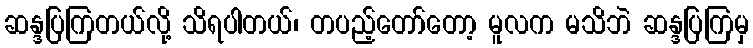
ဆန္ဒပြကြတယ်လို့ သိရပါတယ်၊ တပည့်တော်တော့ မူလက မသိဘဲ ဆန္ဒပြကြမှ